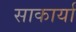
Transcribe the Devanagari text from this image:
साकार्या